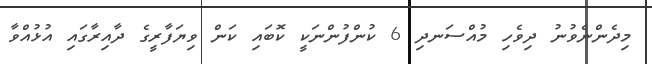
މިދެންނެވުނު ދިވެހި މުއްސަނދި 6 ކުންފުންނަކީ ކޮބައި ކަން ވިޔަފާރީގެ ދާއިރާގައި އުޅުއްވާ